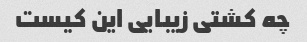
چه کشتی زیبایی این کیست